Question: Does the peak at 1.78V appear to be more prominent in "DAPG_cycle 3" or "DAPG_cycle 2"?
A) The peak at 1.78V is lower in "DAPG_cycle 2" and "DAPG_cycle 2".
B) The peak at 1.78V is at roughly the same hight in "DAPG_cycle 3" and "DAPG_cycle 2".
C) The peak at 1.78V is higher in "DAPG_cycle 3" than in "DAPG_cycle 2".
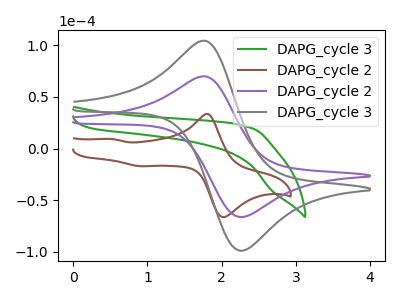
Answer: <think>The green curve "DAPG_cycle 3" has no peaks. The brown curve "DAPG_cycle 2" has anodic peaks at (1.80V, 33.50uA) (0.50V, 9.40uA) and cathodic peaks at (2.05V, -65.55uA) (0.90V, -17.00uA). The purple curve "DAPG_cycle 2" has an anodic peak at (1.80V, 69.90uA) and a cathodic peak at (2.25V, -66.20uA). The gray curve "DAPG_cycle 3" has an anodic peak at (1.80V, 104.30uA) and a cathodic peak at (2.25V, -98.80uA).</think>
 <answer>C) The peak at 1.78V is higher in "DAPG_cycle 3" than in "DAPG_cycle 2".</answer>
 <eval>C</eval>